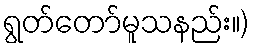
ရွတ်တော်မူသနည်း။)